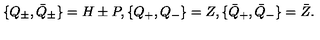
\{ Q _ { \pm } , \bar { Q } _ { \pm } \} = H \pm P , \{ Q _ { + } , Q _ { - } \} = Z , \{ \bar { Q } _ { + } , \bar { Q } _ { - } \} = \bar { Z } .